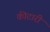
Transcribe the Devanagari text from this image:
कीटारी